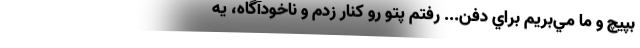
بپيچ و ما مي‌بريم براي دفن... رفتم پتو رو كنار زدم و ناخودآگاه، يه